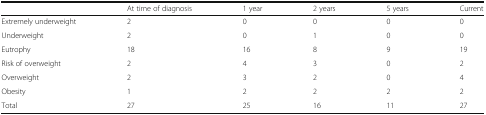
<table><thead><tr><td></td><td><b>At time of diagnosis</b></td><td><b>1 year</b></td><td><b>2 years</b></td><td><b>5 years</b></td><td><b>Current</b></td></tr></thead><tbody><tr><td>Extremely underweight</td><td>2</td><td>0</td><td>0</td><td>0</td><td>0</td></tr><tr><td>Underweight</td><td>2</td><td>0</td><td>1</td><td>0</td><td>0</td></tr><tr><td>Eutrophy</td><td>18</td><td>16</td><td>8</td><td>9</td><td>19</td></tr><tr><td>Risk of overweight</td><td>2</td><td>4</td><td>3</td><td>0</td><td>2</td></tr><tr><td>Overweight</td><td>2</td><td>3</td><td>2</td><td>0</td><td>4</td></tr><tr><td>Obesity</td><td>1</td><td>2</td><td>2</td><td>2</td><td>2</td></tr><tr><td>Total</td><td>27</td><td>25</td><td>16</td><td>11</td><td>27</td></tr></tbody></table>